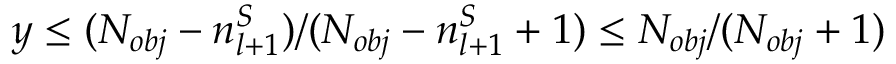
y \le ( N _ { o b j } - n _ { l + 1 } ^ { S } ) / ( N _ { o b j } - n _ { l + 1 } ^ { S } + 1 ) \le N _ { o b j } / ( N _ { o b j } + 1 )